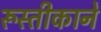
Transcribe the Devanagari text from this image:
रूस्तीकाने